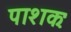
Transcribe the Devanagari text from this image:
पाशकः